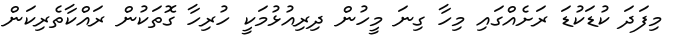
މިފަދަ ކުޑަކުޑަ ރަށެއްގައި މިހާ ގިނަ މީހުން ދިރިއުޅުމަކީ ހުރިހާ ގޮތަކުން ރައްކާތެރިކަން